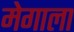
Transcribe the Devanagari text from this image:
मेगाला